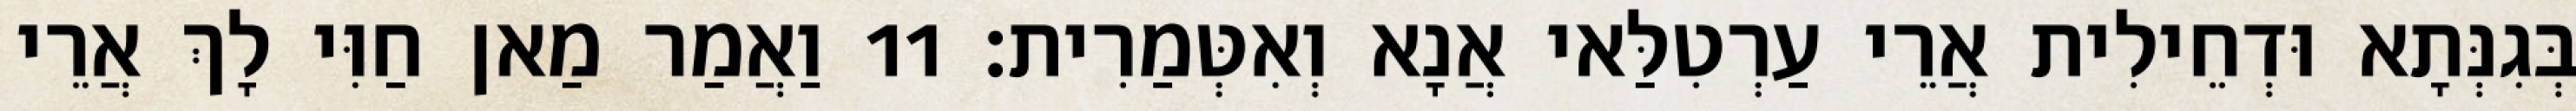
בְּגִנְּתָא וּדְחֵילִית אֲרֵי עַרְטִלַּאי אֲנָא וְאִטְּמַרִית׃ 11 וַאֲמַר מַאן חַוִּי לָךְ אֲרֵי